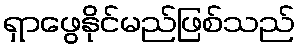
ရှာဖွေနိုင်မည်ဖြစ်သည်